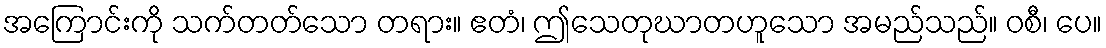
အကြောင်းကို သက်တတ်သော တရား။ ဧတံ၊ ဤသေတုဃာတဟူသော အမည်သည်။ ဝစီ၊ ပေ။